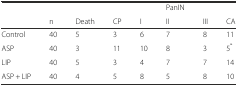
<table><thead><tr><td>[EMPTY_CELL]</td><td>[EMPTY_CELL]</td><td>[EMPTY_CELL]</td><td>[EMPTY_CELL]</td><td>[EMPTY_CELL]</td><td><b>PanIN</b></td><td>[EMPTY_CELL]</td><td>[EMPTY_CELL]</td></tr><tr><td>[EMPTY_CELL]</td><td><b>n</b></td><td><b>Death</b></td><td><b>CP</b></td><td><b>I</b></td><td><b>II</b></td><td><b>III</b></td><td><b>CA</b></td></tr></thead><tbody><tr><td>Control</td><td>40</td><td>5</td><td>3</td><td>6</td><td>7</td><td>8</td><td>11</td></tr><tr><td>ASP</td><td>40</td><td>3</td><td>11</td><td>10</td><td>8</td><td>3</td><td>5<sup>*</sup></td></tr><tr><td>LIP</td><td>40</td><td>5</td><td>3</td><td>4</td><td>7</td><td>7</td><td>14</td></tr><tr><td>ASP + LIP</td><td>40</td><td>4</td><td>5</td><td>8</td><td>5</td><td>8</td><td>10</td></tr></tbody></table>